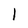
Character: l